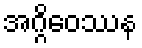
အဂ္ဂိဝေဿန